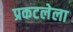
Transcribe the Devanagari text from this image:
प्रकटलेला